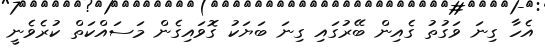
އެހާ ގިނަ ވަގުތު ގެއިން ބޭރުގައި ގިނަ ބަޔަކު ގޮވައިގެން މަސައްކަތް ކުރެވެނީ